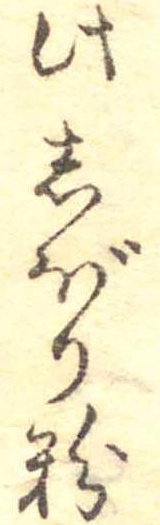
此しぼり粉